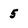
Character: 5